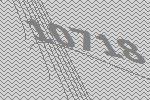
10718